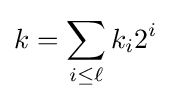
k=\sum _{i\leq \ell }k_{i}2^{i}